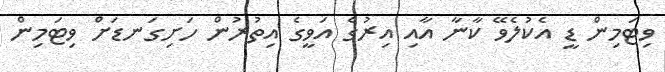
ވިޓަމިން ޑީ އެކުލެވޭ ކާނާ އާއި އިރުގެ އަވީގެ އިތުރުން ހަށިގަނޑަށް ވިޓަމިން